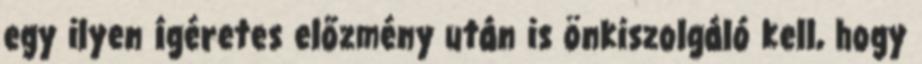
egy ilyen ígéretes előzmény után is önkiszolgáló kell, hogy